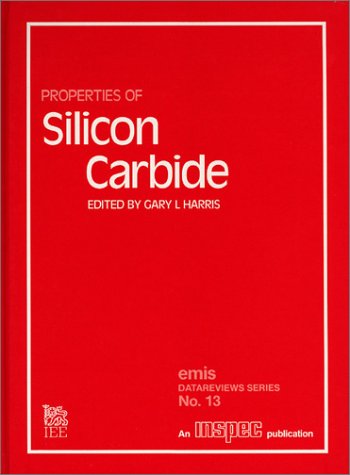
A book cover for Properties of Silicon Carbide (E M I S Datareviews Series); Gary L. Harris; Science & Math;